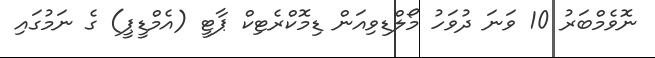
ނޮވެމްބަރު 10 ވަނަ ދުވަހު މޯލްޑިވިއަން ޑިމޮކްރެޓިކް ޕާޓީ (އެމްޑީޕީ) ގެ ނަމުގައި